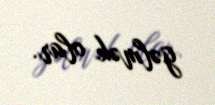
gəlmək olar.